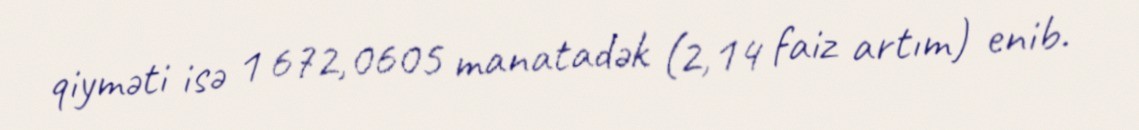
qiyməti isə 1 672,0605 manatadək (2,14 faiz artım) enib.